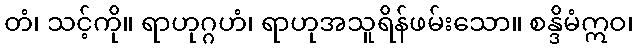
တံ၊ သင့်ကို။ ရာဟုဂ္ဂဟံ၊ ရာဟုအသူရိန်ဖမ်းသော။ စန္ဒိမံဣဝ၊